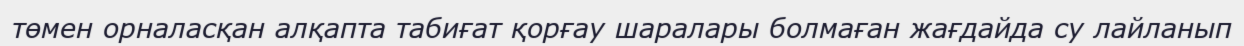
төмен орналасқан алқапта табиғат қорғау шаралары болмаған жағдайда су лайланып